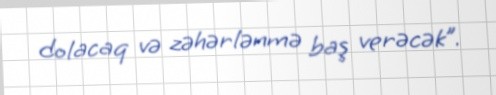
dolacaq və zəhərlənmə baş verəcək”.